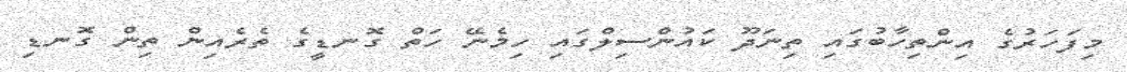
މިފަހަރުގެ އިންތިހާބުގަައި ތިނަދޫ ކައުންްސިލްގައި ހިމެނޭ ހަތް ގޮނޑީގެ ތެރެއިން ތިން ގޮނޑި